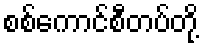
စစ်ကောင်စီတပ်တို့